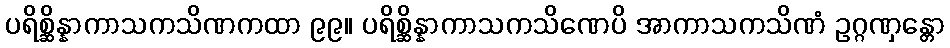
ပရိစ္ဆိန္နာကာသကသိဏကထာ ၉၉။ ပရိစ္ဆိန္နာကာသကသိဏေပိ အာကာသကသိဏံ ဥဂ္ဂဏှန္တော